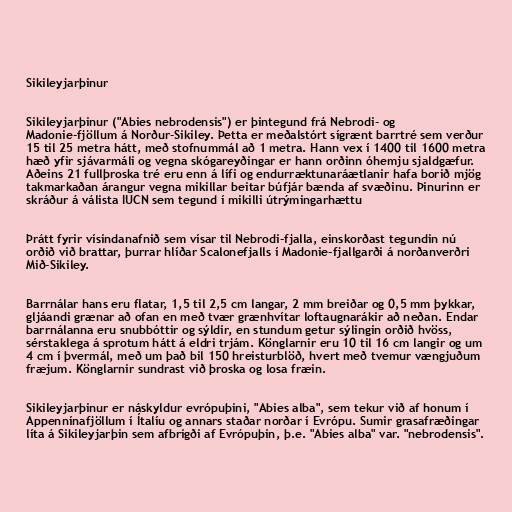
Sikileyjarþinur

Sikileyjarþinur ("Abies nebrodensis") er þintegund frá Nebrodi- og
Madonie-fjöllum á Norður-Sikiley. Þetta er meðalstórt sígrænt barrtré sem verður
15 til 25 metra hátt, með stofnummál að 1 metra. Hann vex í 1400 til 1600 metra
hæð yfir sjávarmáli og vegna skógareyðingar er hann orðinn óhemju sjaldgæfur.
Aðeins 21 fullþroska tré eru enn á lífi og endurræktunaráætlanir hafa borið mjög
takmarkaðan árangur vegna mikillar beitar búfjár bænda af svæðinu. Þinurinn er
skráður á válista IUCN sem tegund í mikilli útrýmingarhættu

Þrátt fyrir vísindanafnið sem vísar til Nebrodi-fjalla, einskorðast tegundin nú
orðið við brattar, þurrar hlíðar Scalonefjalls í Madonie-fjallgarði á norðanverðri
Mið-Sikiley.

Barrnálar hans eru flatar, 1,5 til 2,5 cm langar, 2 mm breiðar og 0,5 mm þykkar,
gljáandi grænar að ofan en með tvær grænhvítar loftaugnarákir að neðan. Endar
barrnálanna eru snubbóttir og sýldir, en stundum getur sýlingin orðið hvöss,
sérstaklega á sprotum hátt á eldri trjám. Könglarnir eru 10 til 16 cm langir og um
4 cm í þvermál, með um það bil 150 hreisturblöð, hvert með tvemur vængjuðum
fræjum. Könglarnir sundrast við þroska og losa fræin.

Sikileyjarþinur er náskyldur evrópuþini, "Abies alba", sem tekur við af honum í
Appennínafjöllum í Ítalíu og annars staðar norðar í Evrópu. Sumir grasafræðingar
líta á Sikileyjarþin sem afbrigði af Evrópuþin, þ.e. "Abies alba" var. "nebrodensis".